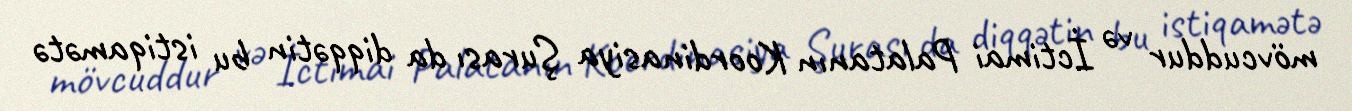
mövcuddur və İctimai Palatanın Koordinasiya Şurası da diqqətin bu istiqamətə